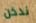
ندخن